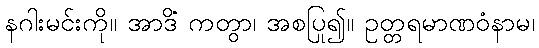
နဂါးမင်းကို။ အာဒိံ ကတွာ၊ အစပြု၍။ ဥတ္တရမာဏဝံနာမ၊